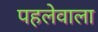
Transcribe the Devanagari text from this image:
पहलेवाला